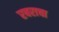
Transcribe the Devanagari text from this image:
रबराचा